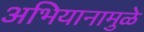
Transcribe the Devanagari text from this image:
अभियानामुळे